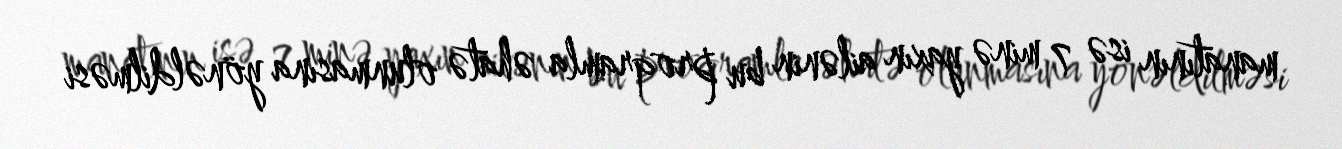
manatının isə 7 minə yaxın ailənin bu proqramla əhatə olunmasına yönəldilməsi